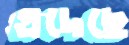
এদেছে